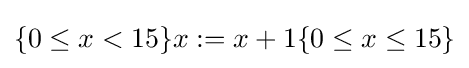
\{0\leq x<15\}x:=x+1\{0\leq x\leq 15\}